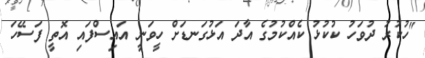
"ހުކުރު ދުވަހު ކުކުޅު ކެއްކުމުގެ އާދަ އަޅުގަނޑަށް ހީވަނީ އައިސްފައި އޮތީ ފަސޭހަ